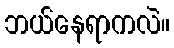
ဘယ်နေရာကလဲ။